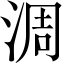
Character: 淍